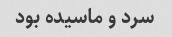
سرد و ماسیده بود